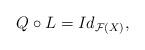
LaTeX: \begin{align*}Q \circ L = Id_{\mathcal{F}(X)},\end{align*}